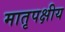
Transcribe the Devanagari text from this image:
मातृपक्षीय